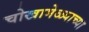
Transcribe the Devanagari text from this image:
चोखामेळ्याच्या